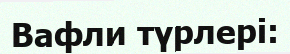
Вафли түрлері: